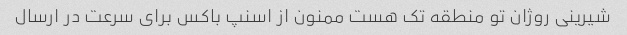
شیرینی روژان تو منطقه تک هست ممنون از اسنپ باکس برای سرعت در ارسال